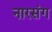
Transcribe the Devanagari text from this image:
नारसंग